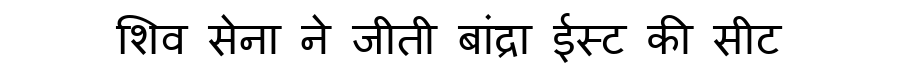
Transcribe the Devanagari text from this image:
शिव सेना ने जीती बांद्रा ईस्ट की सीट